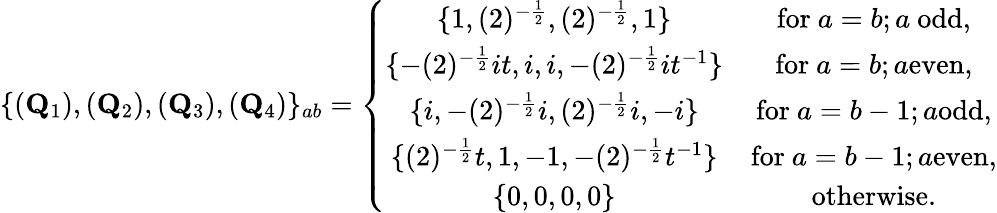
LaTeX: \{ ({\mathbf Q}_{1}),({\mathbf Q}_{2}),({\mathbf Q}_{3}),({\mathbf Q}_{4})\} _{ab}=\left\{ \begin{array}{cc}{{\{ 1,(2)^{-\frac{1}{2}},(2)^{-\frac{1}{2}},1\} }}&{{\mathrm{for~}a=b;a\mathrm{~odd,}}}\\ {{\{ -(2)^{-\frac{1}{2}}it,i,i,-(2)^{-\frac{1}{2}}it^{-1}\} }}&{{\mathrm{for~}a=b;a\mathrm{even,}}}\\ {{\{ i,-(2)^{-\frac{1}{2}}i,(2)^{-\frac{1}{2}}i,-i\} }}&{{\mathrm{for~}a=b-1;a\mathrm{odd,}}}\\ {{\{ (2)^{-\frac{1}{2}}t,1,-1,-(2)^{-\frac{1}{2}}t^{-1}\} }}&{{\mathrm{for~}a=b-1;a\mathrm{even,}}}\\ {{\{ 0,0,0,0\} }}&{{\mathrm{otherwise.}}}\end{array}\right.